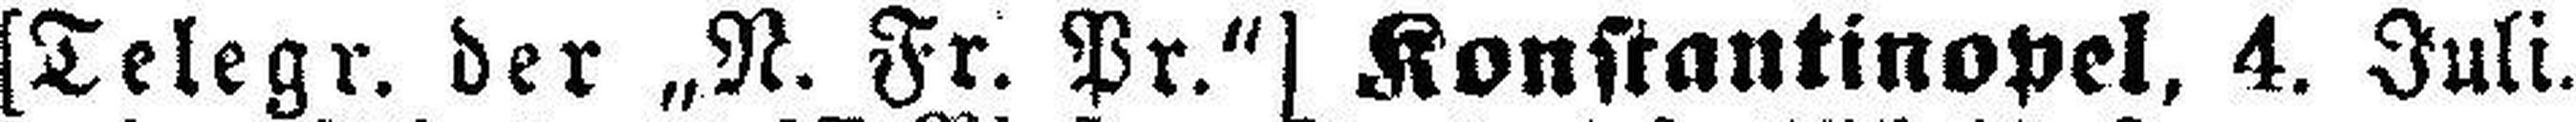
[Telegr. der „N. Fr. Pr.“] Konstantinopel, 4. Juli.